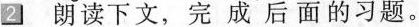
2. 朗读下文，完成后面的习题。